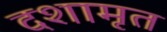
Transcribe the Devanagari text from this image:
दशामृत